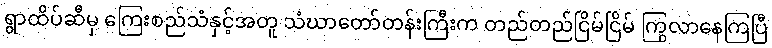
ရွာထိပ်ဆီမှ ကြေးစည်သံနှင့်အတူ သံဃာတော်တန်းကြီးက တည်တည်ငြိမ်ငြိမ် ကြွလာနေကြပြီ